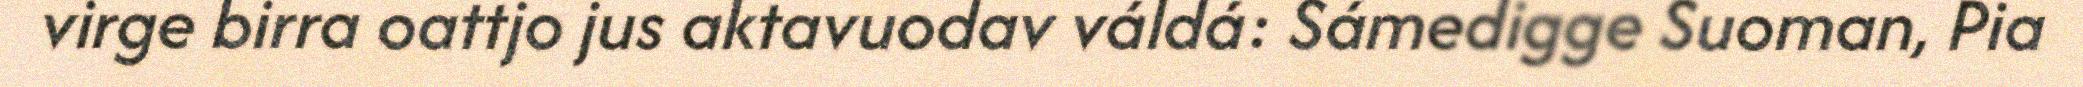
virge birra oattjo jus aktavuodav váldá: Sámedigge Suoman, Pia